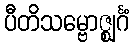
ပီတိသမ္ဗောဇ္ဈင်္ဂံ